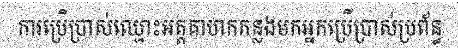
ការប្រើប្រាស់ឈ្មោះអត្តគាហកកន្លងមកអ្នកប្រើប្រាស់ប្រព័ន្ធ